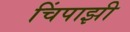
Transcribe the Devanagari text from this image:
चिंपाझी